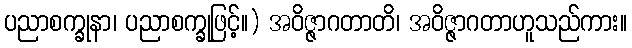
ပညာစက္ခုနာ၊ ပညာစက္ခုဖြင့်။) အဝိဇ္ဇာဂတာတိ၊ အဝိဇ္ဇာဂတာဟူသည်ကား။